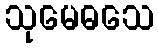
သုမေဓသေ